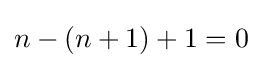
n-(n+1)+1=0